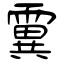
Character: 霬